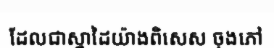
ដែលជាស្នាដៃយ៉ាងពិសេស ចុងភៅ